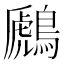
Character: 鷉